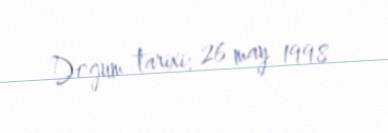
Doğum tarixi: 26 may 1998